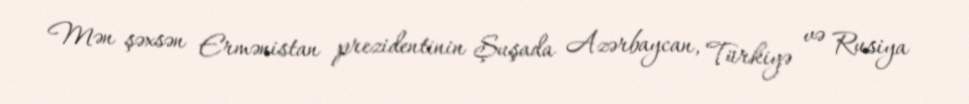
Mən şəxsən Ermənistan prezidentinin Şuşada Azərbaycan, Türkiyə və Rusiya